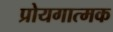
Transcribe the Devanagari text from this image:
प्रोयगात्मक